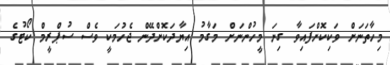
މިހާތަނަށް ވަކިކޮށްފައިވާ ގިނަ މީހުންނަށް މަގާމު އިޔާދަކޮށްދޭން ޖެހުމަކީ ވެސް ސުޕްރީމް ކޯޓުގެ